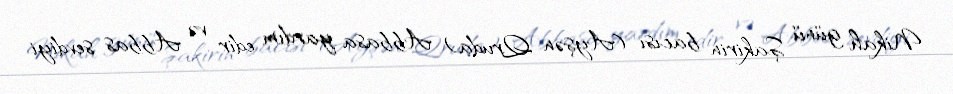
Nikah günü Şakirin bacısı (Ayşən Qruda) Abbasa yardım edir və Abbas sevdiyi